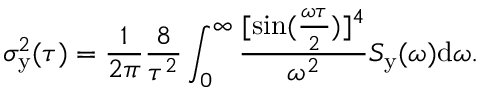
\sigma _ { \mathrm { y } } ^ { 2 } ( \tau ) = \frac { 1 } { 2 \pi } \frac { 8 } { \tau ^ { 2 } } \int _ { 0 } ^ { \infty } \frac { [ \sin ( \frac { \omega \tau } { 2 } ) ] ^ { 4 } } { \omega ^ { 2 } } S _ { \mathrm { y } } ( \omega ) \mathrm { d } \omega .